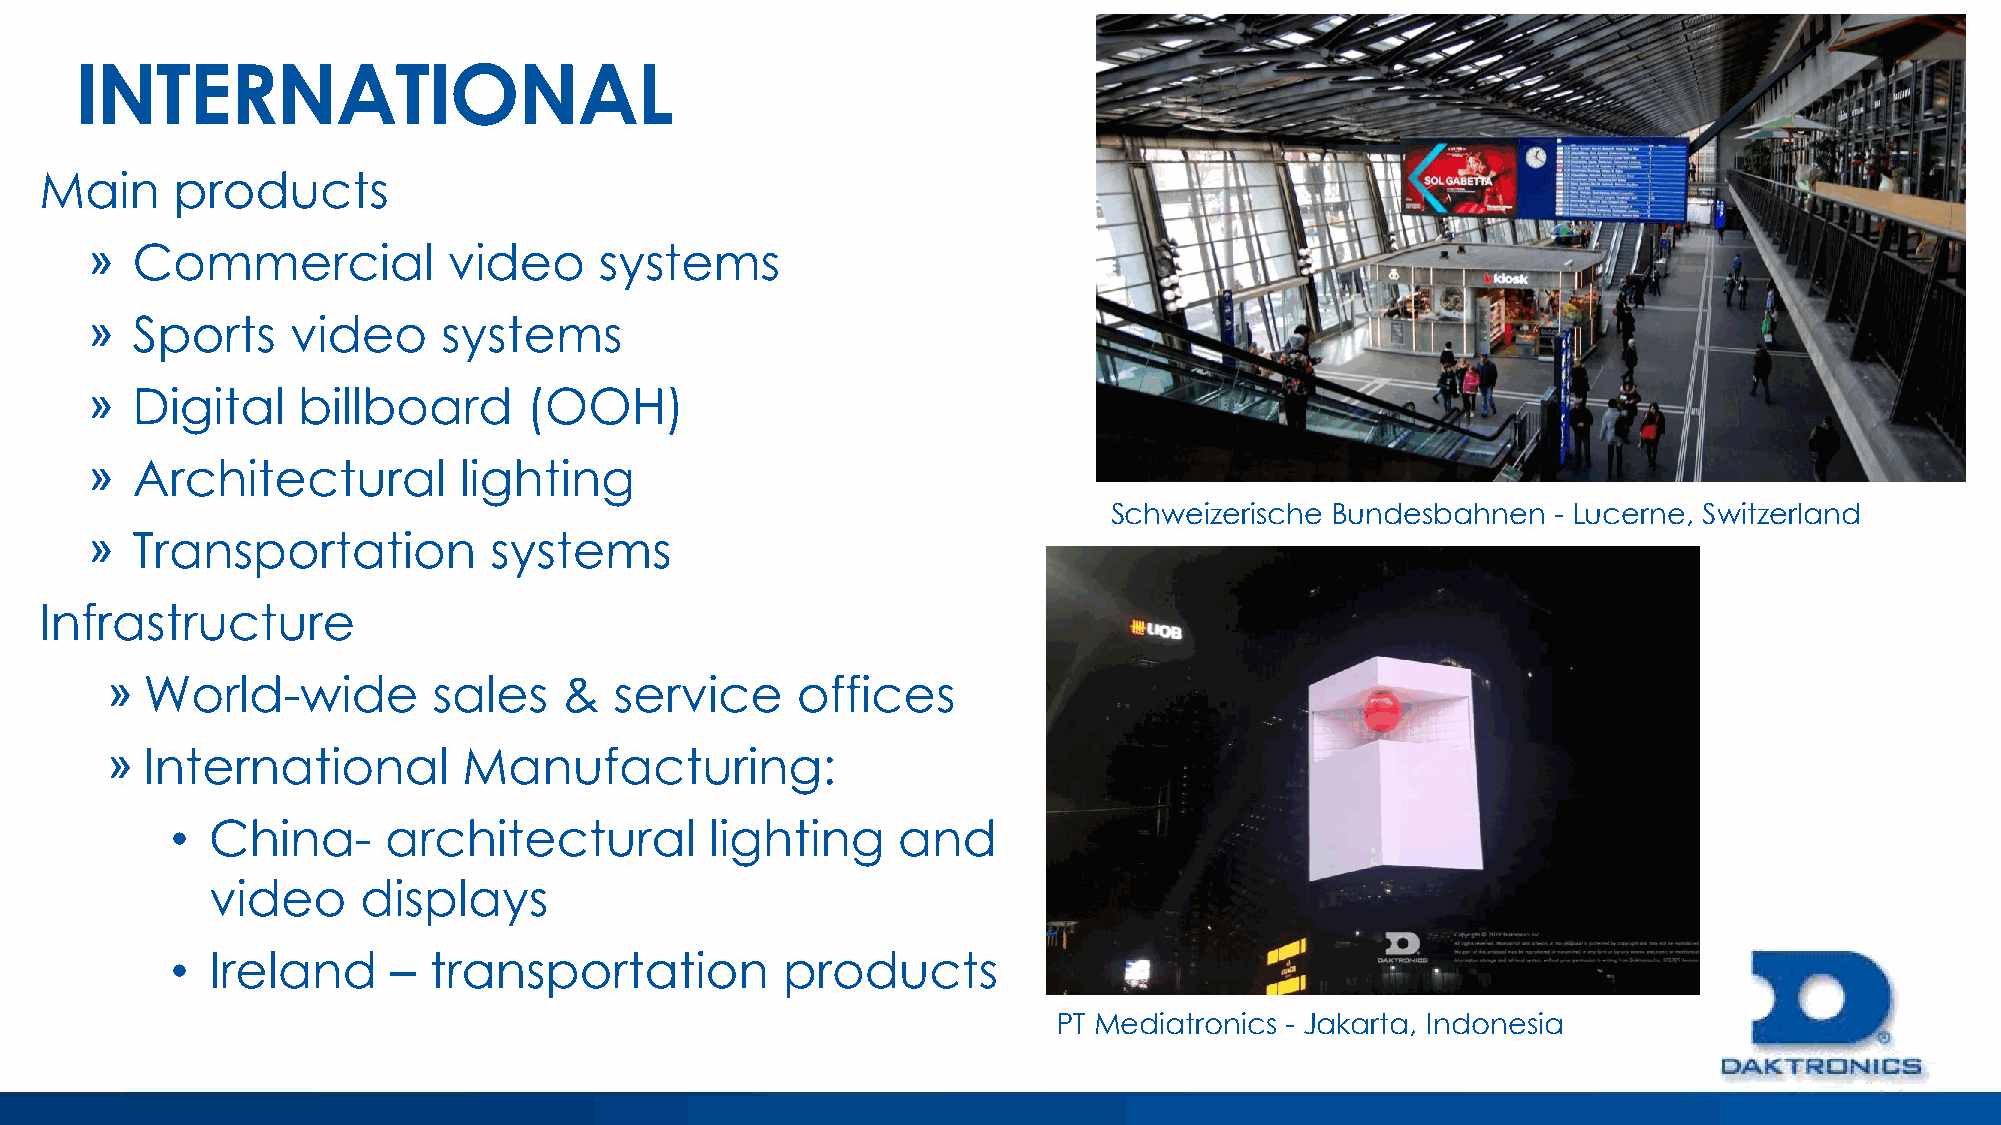
INTERNATIONAL
 Main    products
 »  Commercial           video     systems
 »  Sports    video     systems
 »  Digital    billboard      (OOH)
 »  Architectural        lighting
 Schweizerische Bundesbahnen   - Lucerne, Switzerland
 »  Transportation         systems
 Infrastructure
 » World-wide          sales   &   service     offices
 » International         Manufacturing:
 •  China-     architectural         lighting    and
 video     displays
 •  Ireland     – transportation          products
 PT Mediatronics - Jakarta, Indonesia